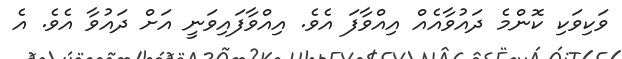
ވަކިވަކި ކޮންމެ ދައުވާއެއް އިއްވާފަ އެވެ. އިއްވާފައިވަނީ އަށް ދައުވާ އެވެ. އެ